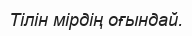
Тілін мірдің оғындай.